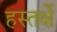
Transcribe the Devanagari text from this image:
हस्तर्क्षे